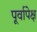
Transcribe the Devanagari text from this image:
पूर्वापेक्ष